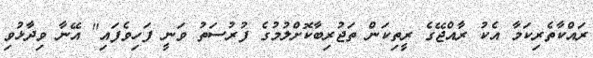
ރައްކާތެރިކަމާ އެކު ރާއްޖޭގެ ރީތިކަން ތަޖުރިބާކޮށްލުމުގެ ފުރުސަތު ވަނީ ފަހިވެފައި" އޭނާ ވިދާޅުވި